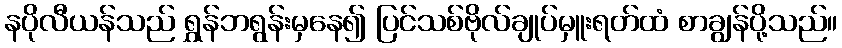
နပိုလီယန်သည် ရွှန်ဘရွန်းမှနေ၍ ပြင်သစ်ဗိုလ်ချုပ်မှူးရတ်ထံ စာချွန်ပို့သည်။